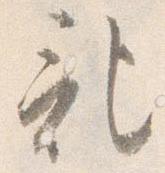
記